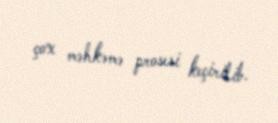
çox məhkəmə prosesi keçirilib.